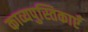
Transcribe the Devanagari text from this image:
काव्यपुस्तिकाएँ